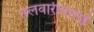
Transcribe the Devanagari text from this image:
तलवारीसारखे